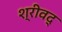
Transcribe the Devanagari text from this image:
श्रीवद्‌